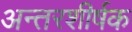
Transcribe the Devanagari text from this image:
अन्तरशीर्षक